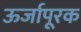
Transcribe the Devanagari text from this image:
ऊर्जापूरक